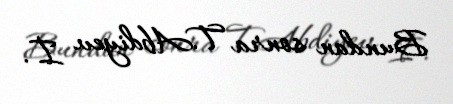
Bundan sonra T.Abdiyev İ.